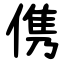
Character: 㑺